Scientific memoirs by medical officers of the Army of India - Part VIII,
Year: 1894
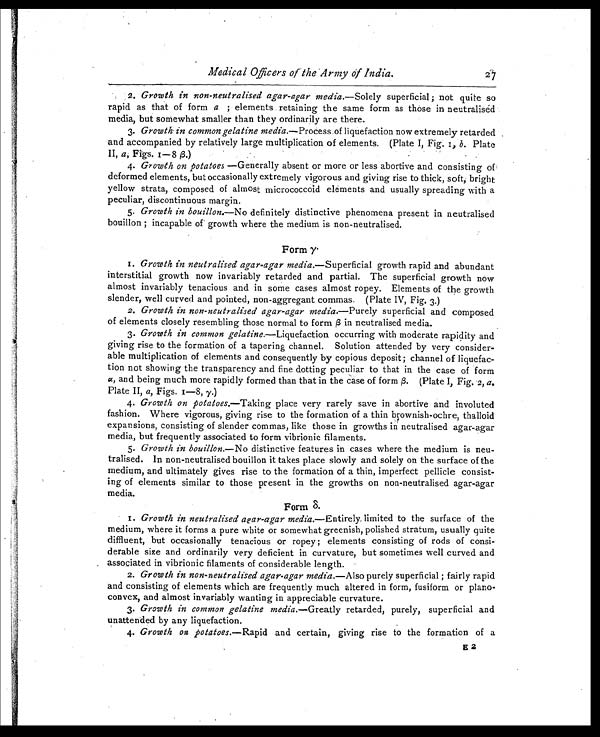
Medical Officers of the Army of India. 2 7
2. Growth in non-neutralised agar-agar media. — S o l e l y s u p e r f i c i a l ; n o t q u i t e s o
rapid as that of form a ; elements retaining the same form as those in neutralised
media, but somewhat smaller than they ordinarily are there.
3. Growth. in common gelatine media.— P r o c e s s o f l i q u e f a c t i o n n o w e x t r e m e l y r e t a r d e d
and accompanied by relatively large multiplication of elements. (Plate I, Fig. 1, b . Plate
II, a , Figs. 1-8 β.)
4. Growth on potatoes —Generally absent or more or less abortive and consisting of
deformed elements, but occasionally extremely vigorous and giving rise to thick, soft, bright
yellow strata, composed of almost micrococcoid elements and usually spreading with a
peculiar, discontinuous margin.
5. Growth in bouillon.—No definitely distinctive phenomena present in neutralised
bouillon ; incapable of growth where the medium is non-neutralised.
Form γ
1.
Growth in neutralised agar-agar media.— S u p e r f i c i a l g r o w t h r a p i d a n d a b u n d a n t
interstitial growth now invariably retarded and partial. The superficial growth now
almost invariably tenacious and in some cases almost ropey. Elements of the growth
slender, well curved and pointed, non-aggregant commas. (Plate IV, Fig. 3.)
2. Growth in non-neutralised agar-agar media. —Purely superficial and composed
of elements closely resembling those normal to form β in neutralised media.
3. Growth in common gelatine.— L i q u e f a c t i o n o c c u r r i n g w i t h m o d e r a t e r a p i d i t y a n d
giving rise to the formation of a tapering channel. Solution attended by very consider-
able multiplication of elements and consequently by copious deposit ; channel of liquefac-
tion not showing the transparency and fine dotting peculiar to that in the case of form
α , and being much more rapidly formed than that in the case of form β. (Plate I, Fig, 2, a.
Plate II, a, Figs. 1-8, γ.)
4. Growth on potatoes.— T a k i n g p l a c e v e r y r a r e l y s a v e i n a b o r t i v e a n d i n v o l u t e d
fashion. Where vigorous, giving rise to the formation of a thin brownish-ochre, thalloid
expansions, consisting of slender commas, like those in growths in neutralised agar-agar
media, but frequently associated to form vibrionic filaments.
5. Growth in bouillon.—No distinctive features in cases where the medium is neu-
tralised. In non-neutralised bouillon it takes place slowly and solely on the surface of the
medium, and ultimately gives rise to the formation of a thin, imperfect pellicle consist-
ing of elements similar to those present in the growths on non-neutralised agar-agar
media.
Form δ.
1. Growth in neutralised agar-agar media.— E n t i r e l y , l i m i t e d t o t h e s u r f a c e o f t h e
medium, where it forms a pure white or somewhat greenish, polished stratum, usually quite
diffluent, but occasionally tenacious or ropey ; elements consisting of rods of consi
-derable size and ordinarily very deficient in curvature, but sometimes well curved and
associated in vibrionic filaments of considerable length.
2. Growth in non-neutralised agar-agar media. — A l s o p u r e l y s u p e r f i c i a l ; f a i r l y r a p i d
and consisting of elements which are frequently much altered in form, fusiform or plano-
convex, and almost invariably wanting in appreciable curvature.
3. Growth in common gelatine media. —Greatly retarded, purely, superficial and
unattended by any liquefaction.
4. Growth on potatoes.—Rapid and certain, giving rise to the formation of aE 2
E2